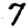
Digit: 7